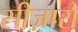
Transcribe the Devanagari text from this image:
सीज़ारो